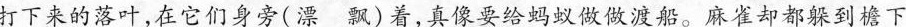
打下来的落叶，在它们身旁（漂 飘）着，真像要给蚂蚁做做渡船。麻雀却都躲到檐下